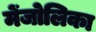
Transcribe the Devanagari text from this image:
मेंजोलिका